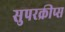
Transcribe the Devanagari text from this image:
सुपरक्रीप्स